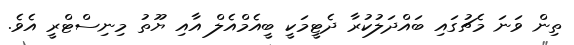
ތިން ވަނަ މެޗުގައި ބައްދަލުކުރާ ދެޓީމަކީ ބީއެމްއެލް އާއި ޔޫތު މިނިސްޓްރީ އެވެ.